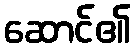
ဆောင်၏